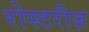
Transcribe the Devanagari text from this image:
रोस्टरीज़